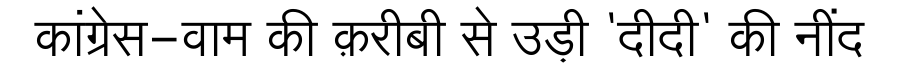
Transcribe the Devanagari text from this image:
कांग्रेस-वाम की क़रीबी से उड़ी 'दीदी' की नींद